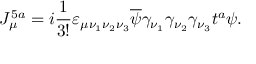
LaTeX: J _ { \mu } ^ { 5 a } = i \frac { 1 } { 3 ! } \varepsilon _ { \mu \nu _ { 1 } \nu _ { 2 } \nu _ { 3 } } \overline { { \psi } } \gamma _ { \nu _ { 1 } } \gamma _ { \nu _ { 2 } } \gamma _ { \nu _ { 3 } } t ^ { a } \psi .